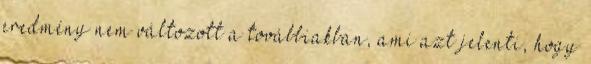
eredmény nem változott a továbbiakban, ami azt jelenti, hogy